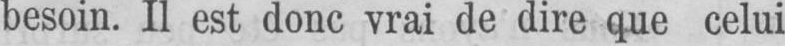
besoin. Il est donc vrai de dire que celui